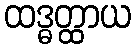
ထဒ္ဓတ္ထာယ